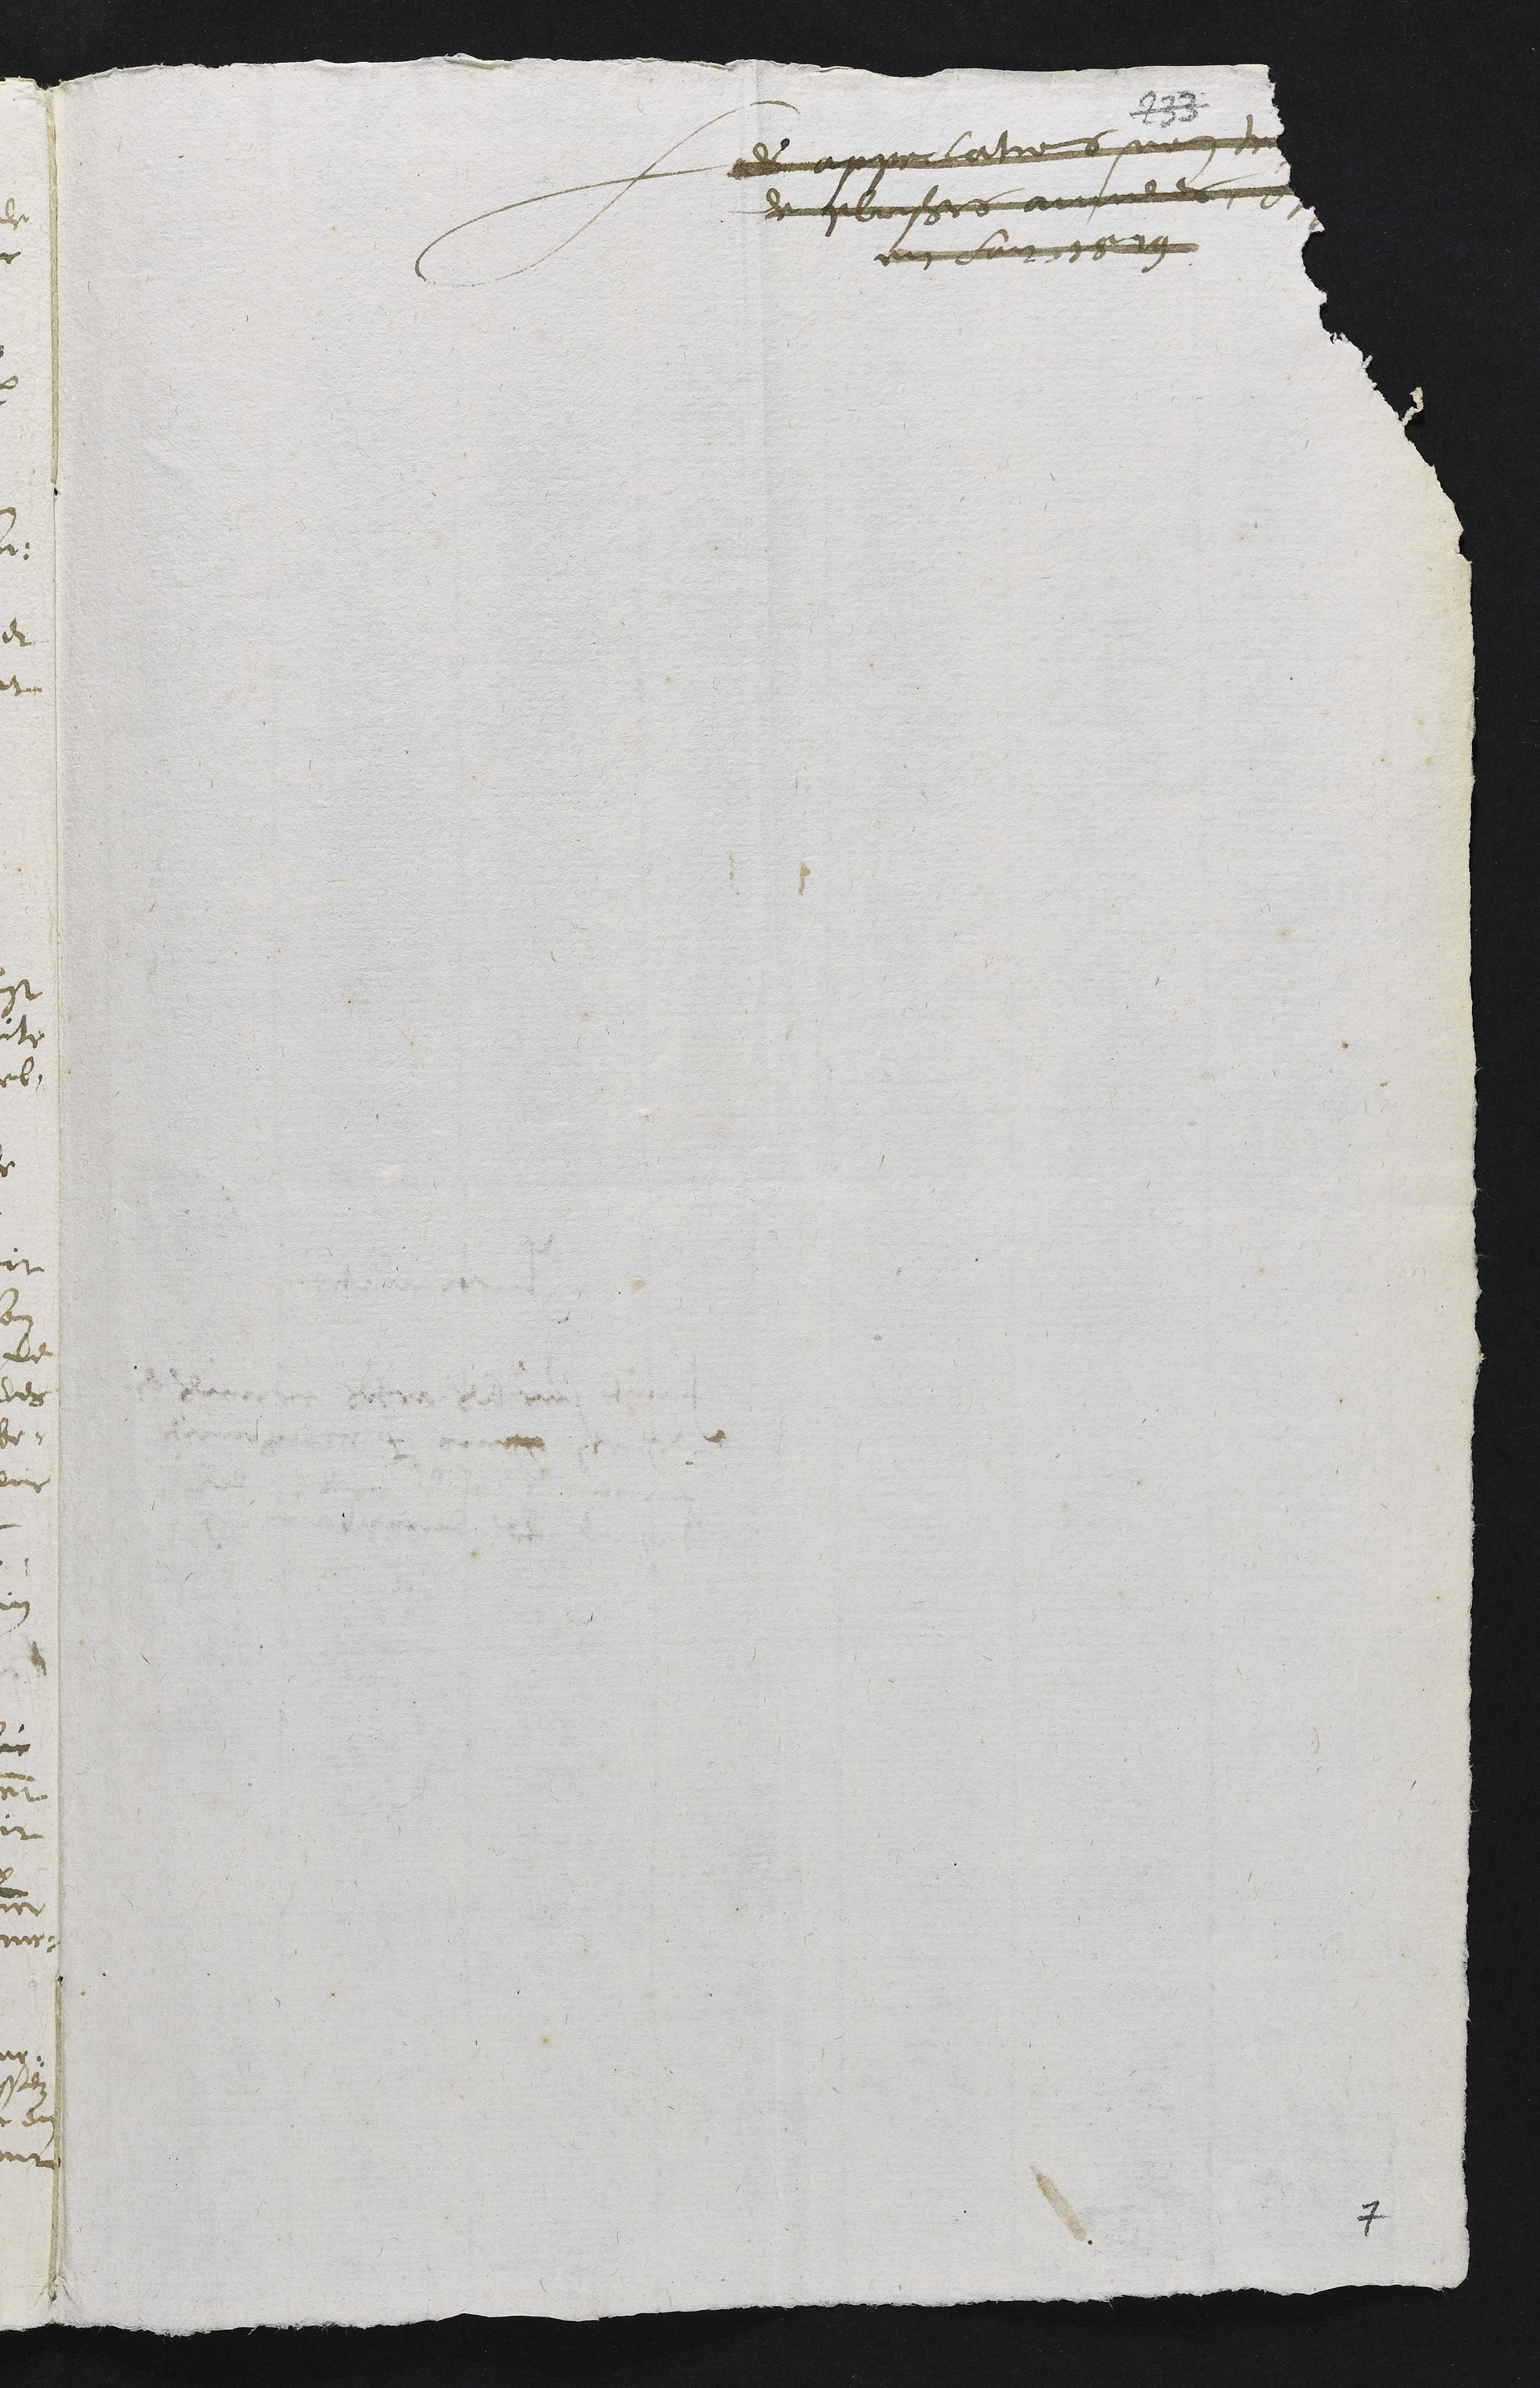
Les appellations mon t
et plusieurs annnees, ??
en Lan 1579